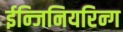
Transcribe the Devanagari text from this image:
ईन्जिनियरिन्ग